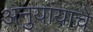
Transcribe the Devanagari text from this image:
अनुयांयाचे